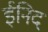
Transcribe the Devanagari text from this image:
ईनिद